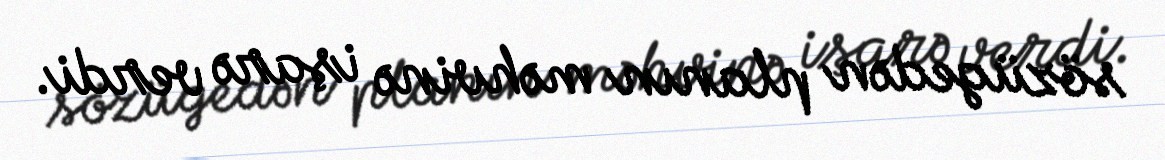
sözügedən planın məhvinə işarə verdi.